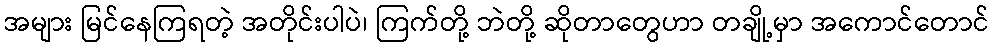
အများ မြင်နေကြရတဲ့ အတိုင်းပါပဲ၊ ကြက်တို့ ဘဲတို့ ဆိုတာတွေဟာ တချို့မှာ အကောင်တောင်